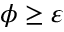
\phi \geq \varepsilon